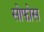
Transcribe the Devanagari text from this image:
सोफोस